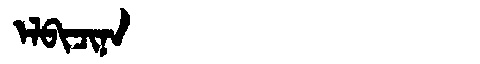
Manchu: ᡝᠯᠪᡳᠴᡳᠨᠠ
Romanization: ELBICINA